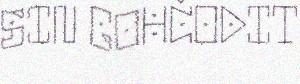
SIN GOHČODIT